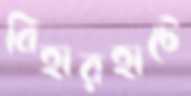
বিহারহাটে